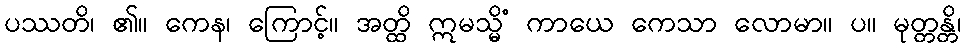
ပဿတိ၊ ၏။ ကေန၊ ကြောင့်။ အတ္ထိ ဣမသ္မိံ ကာယေ ကေသာ လောမာ။ ပ။ မုတ္တန္တိ၊